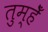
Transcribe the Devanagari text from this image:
तुम्हेँ